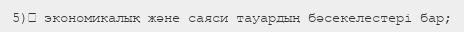
5)	 экономикалық және саяси тауардың бәсекелестері бар;